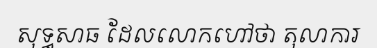
សុទ្ធសាធ ដែលលោកហៅថា តុលាការ